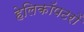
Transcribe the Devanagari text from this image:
हेलिकॉपटरों